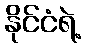
နိုင်ငံရဲ့